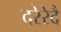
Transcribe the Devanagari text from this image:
दरेरेदै